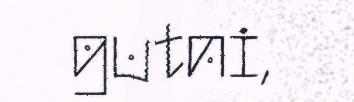
gutni,